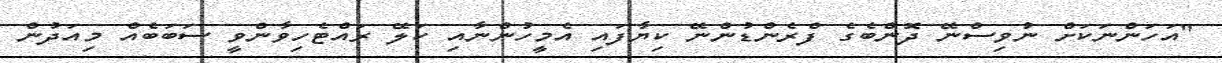
"އަހަންނަކަށް ނުވިސްނޭ ދޮންބެގެ ފްރެންޑުންނޭ ކިޔާފައި އެމީހުންނާއި ކަލޭ ރައްޓެހިވާންވީ ސަބަބެއް މިއަދުން